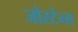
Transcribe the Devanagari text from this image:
जोस्टेन्स